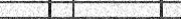
٣٠